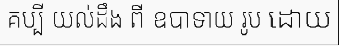
គប្បី យល់ដឹង ពី ឧបាទាយ រូប ដោយ